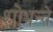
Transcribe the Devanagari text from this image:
शोभन्ते